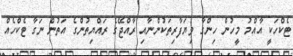
ޓެކްހަކީ އާއްމު މީހުން ހިންގާ ވިޔަފާރިތަކުންނާއި ރާއްޖޭގެ ރައްޔިތުންގެ އަތުން ނަގާ ޓެކްހެއް